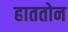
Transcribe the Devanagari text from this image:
हाततोन